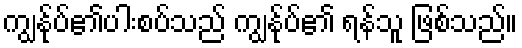
ကျွန်ုပ်၏ပါးစပ်သည် ကျွန်ုပ်၏ ရန်သူ ဖြစ်သည်။